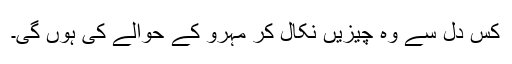
کس دل سے وہ چیزیں نکال کر مہرو کے حوالے کی ہوں گی۔